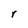
Character: r